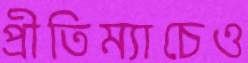
প্রীতিম্যাচেও